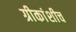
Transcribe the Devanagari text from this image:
ग्रीकांशीच